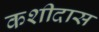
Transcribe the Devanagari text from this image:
कशीदास